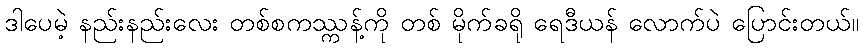
ဒါပေမဲ့ နည်းနည်းလေး တစ်စကဿ္ကန့်ကို တစ် မိုက်ခရို ရေဒီယန် လောက်ပဲ ပြောင်းတယ်။